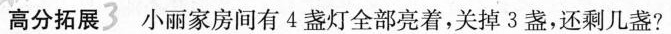
高分拓展3 小丽家房间有4盏灯全部亮着，关掉3盏，还剩几盏?